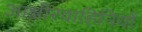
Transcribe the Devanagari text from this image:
आक्षीरवाहिनियों